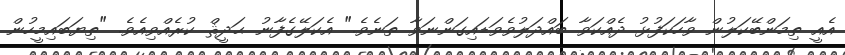
އެއީ ތިމަންބޭކަލުން ވާހަކަފުޅު ދެއްކަވާ ބައްދަލުވެވަޑައިގަންނަވާ ތަނެވެ." އެކަލޭގެފާނު ޙަދީޘް ކުރެއްވިއެވެ. "ތިޔަބައިމީހުން